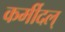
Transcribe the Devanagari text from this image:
कर्मीदल्